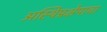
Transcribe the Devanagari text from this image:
अस्थिप्रक्षेपाचा